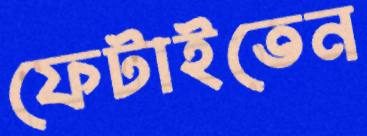
ফেটাইতেন